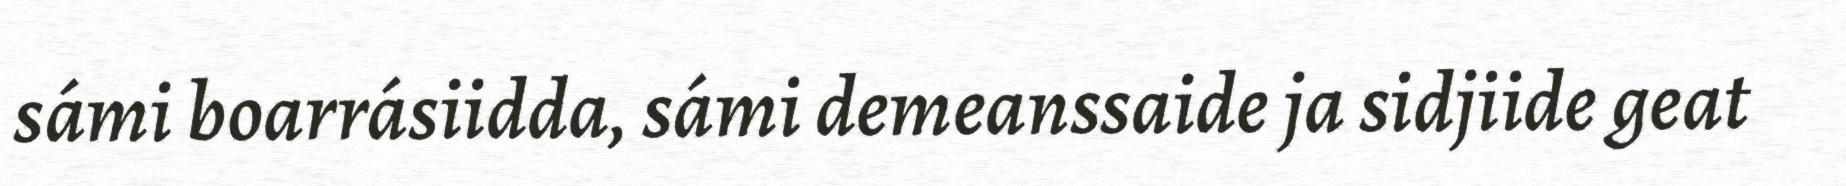
sámi boarrásiidda, sámi demeanssaide ja sidjiide geat